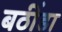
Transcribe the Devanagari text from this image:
बठींडा